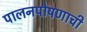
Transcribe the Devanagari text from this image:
पालनपोषणाची